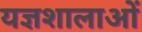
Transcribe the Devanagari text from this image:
यज्ञशालाओं